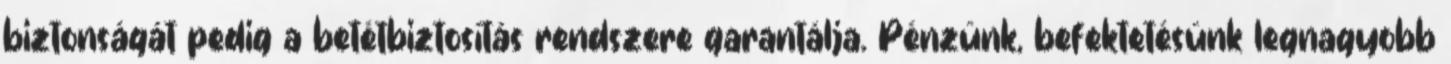
biztonságát pedig a betétbiztosítás rendszere garantálja. Pénzünk, befektetésünk legnagyobb